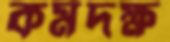
কর্মদক্ষ